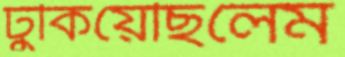
ঢুকিয়েছিলেম